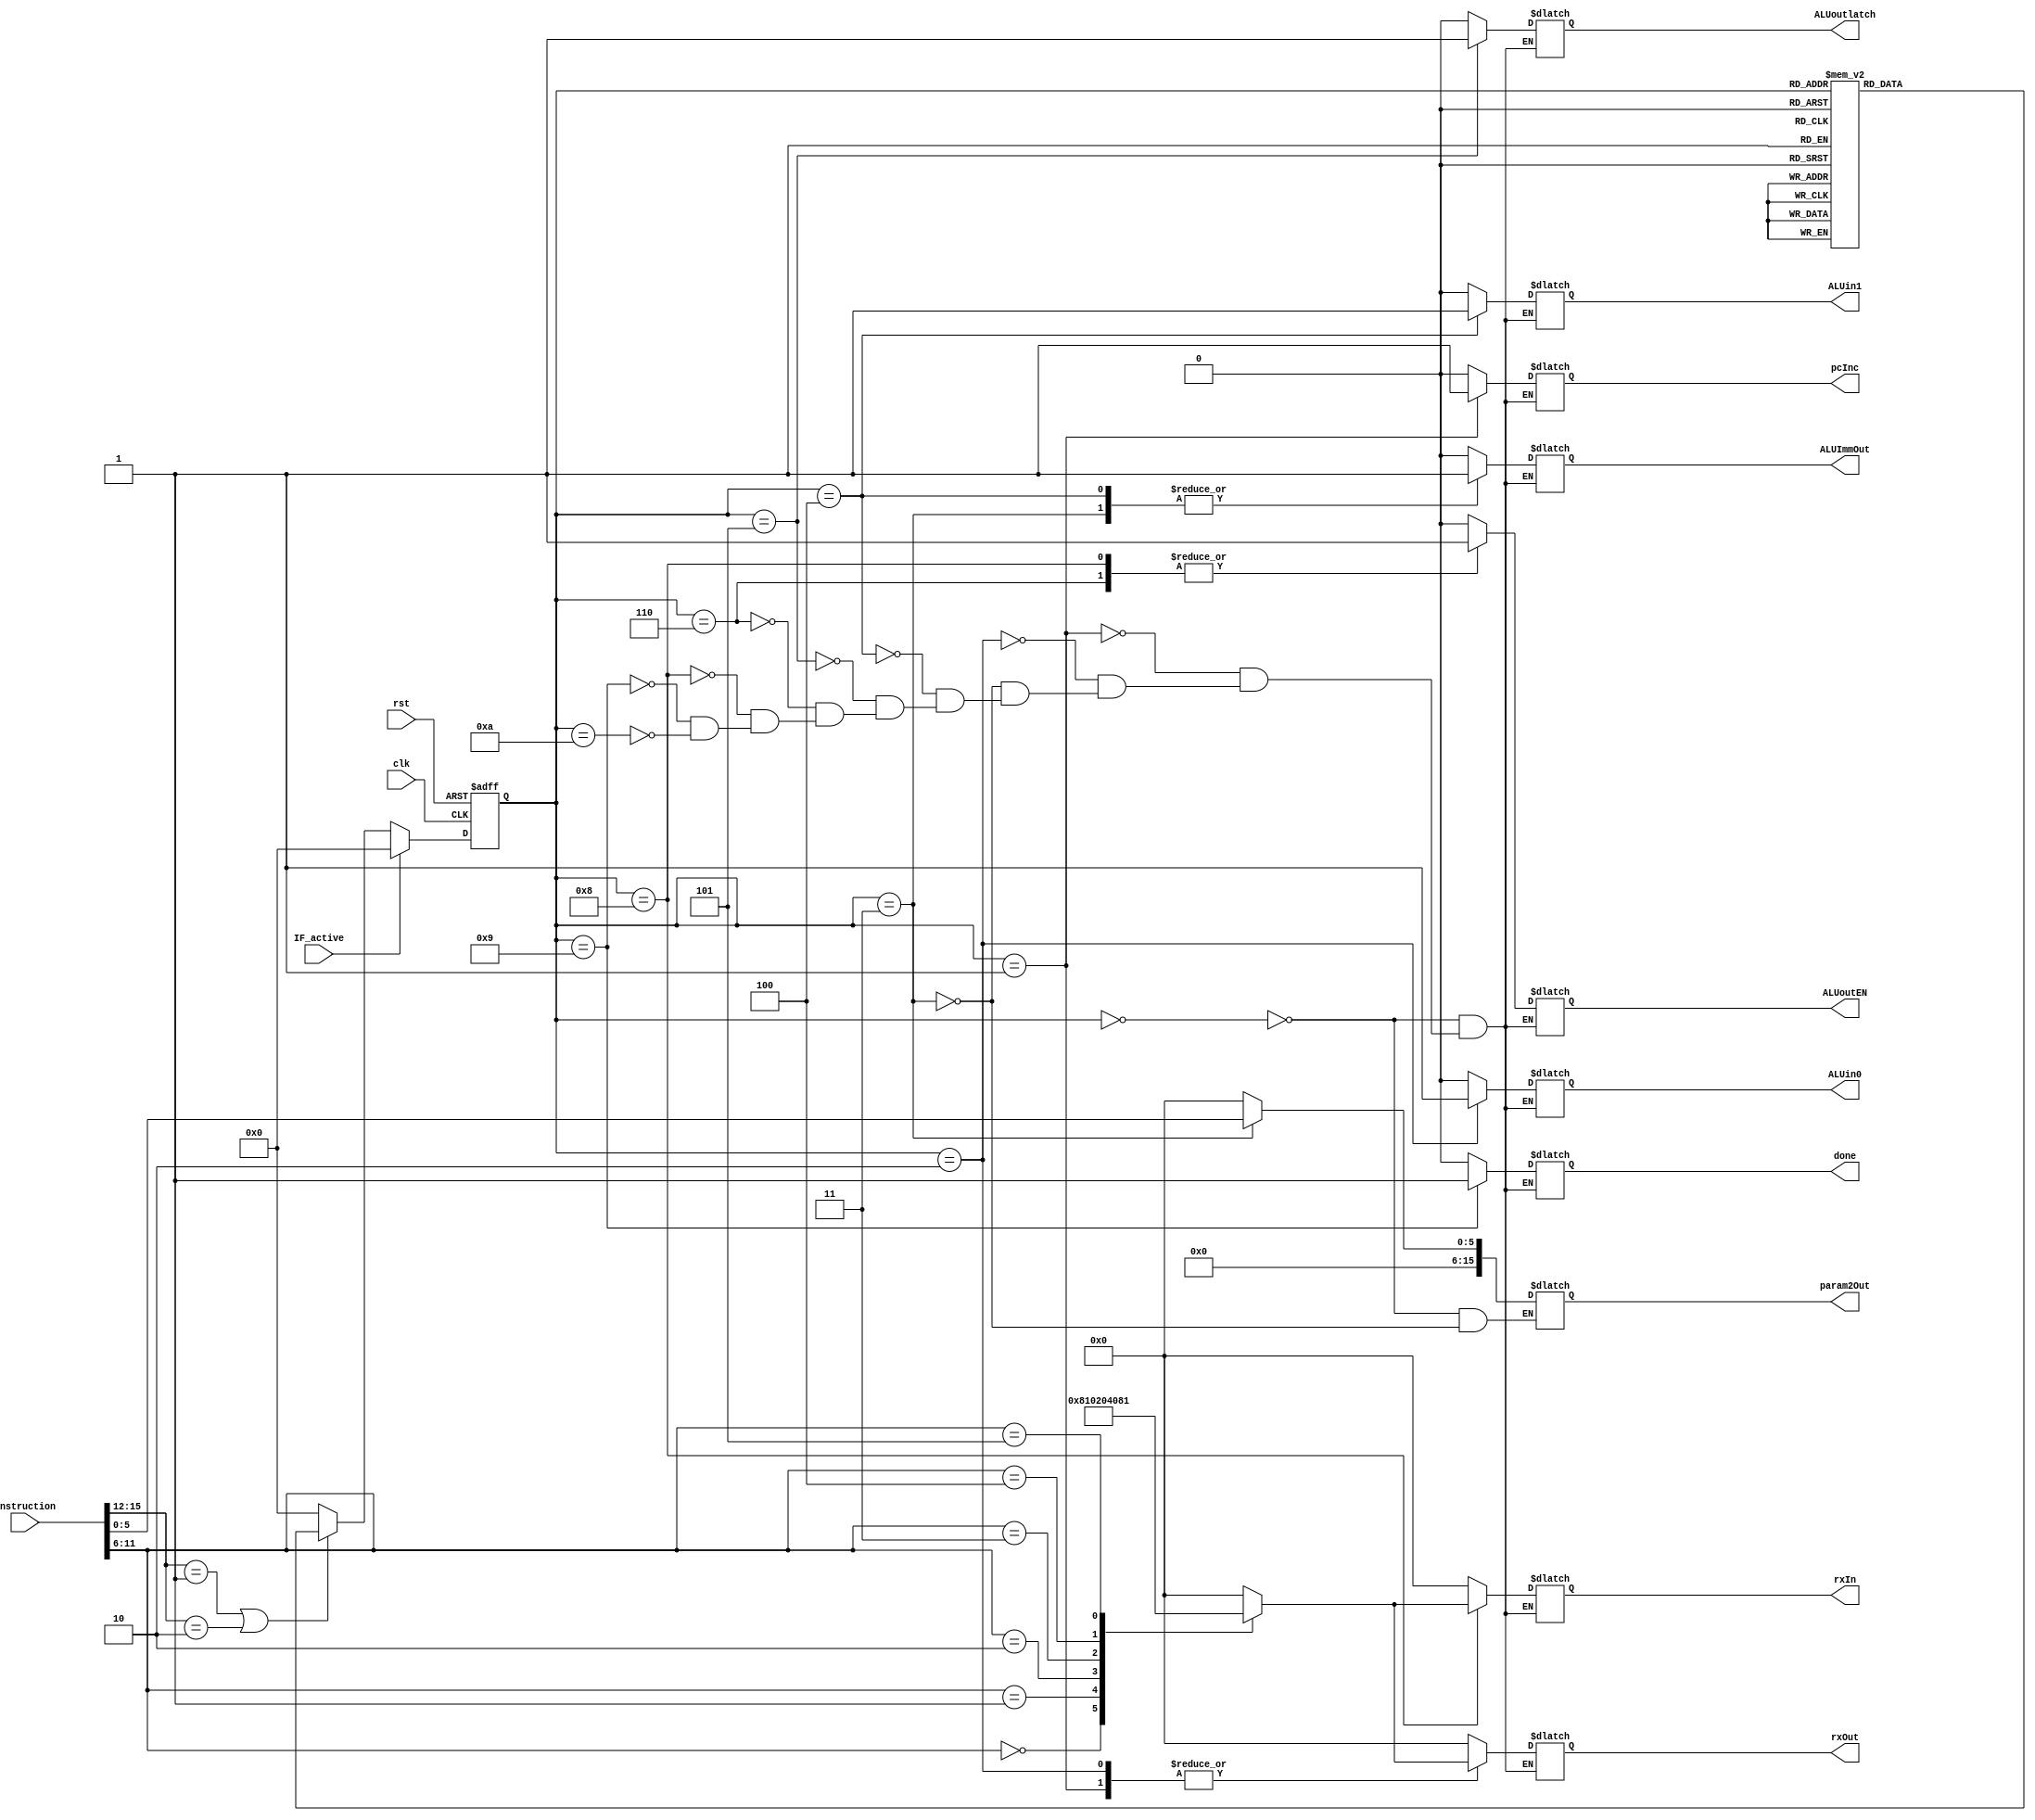
module ALUiFSM(clk, rst, instruction, done, rxOut, ALUin0, ALUin1, ALUoutlatch, ALUoutEN, rxIn, pcInc, param2Out, ALUImmOut, IF_active);
input clk, rst, IF_active;
input[15:0] instruction; // 16-bit data
wire[3:0] opcode = instruction[15:12];
wire[5:0] param1 = instruction[11:6];
wire[5:0] param2 = instruction[5:0];
output reg[15:0] param2Out; // Output signal for an immediate number. Fed to a tri-state
output reg done, ALUin0, ALUin1, ALUoutlatch, ALUoutEN, pcInc, ALUImmOut; // Output signals
output reg[5:0] rxOut, rxIn; // Gen reg output signals

// States
reg[3:0] pres_state, next_state;
parameter st0 = 4'b0000, st1 = 4'b0001, st2 = 4'b0010, st3 = 4'b0011, st4 = 4'b0100, st5 = 4'b0101, st6 = 4'b0110, st7 = 4'b0111;
parameter st8 = 4'b1000, st9 = 4'b1001, st10 = 4'b1010;

// State register
always @(posedge clk or posedge rst) begin
    if(rst)
        pres_state <= st0;
    else if(IF_active)
        pres_state <= st0;
    else if(opcode == 4'b0001 || opcode == 4'b0010)
        pres_state <= next_state;
    else
        pres_state <= st0;
end

// Next state logic
always @(pres_state) begin
    case(pres_state)
        st0: next_state <= st1;
        st1: next_state <= st2;
        st2: next_state <= st3;
        st3: next_state <= st4;
        st4: next_state <= st5;
        st5: next_state <= st6;
        st6: next_state <= st7;
        st7: next_state <= st8;
        st8: next_state <= st9;
        st9: next_state <= st10;
        st10: next_state <= st10;
        default: next_state <= st0;
    endcase
end

// Output definition
always @(pres_state) begin
    case(pres_state)
        st0: begin
            done <= 0;rxOut <= 6'b000000;ALUin0 <= 0;ALUin1 <= 0;ALUoutlatch <= 0;ALUoutEN <= 0;rxIn <= 6'b000000;pcInc <= 0;ALUImmOut <= 0;
            param2Out <= 16'b0000000000000000;
        end
        st1: begin
            done <= 0;ALUin0 <= 0;ALUin1 <= 0;ALUoutlatch <= 0;ALUoutEN <= 0;rxIn <= 6'b000000;pcInc <= 1;ALUImmOut <= 0;
            case(param1) // Figure out which gen reg EN to assert
                6'b000000: rxOut <= 6'b100000;
                6'b000001: rxOut <= 6'b010000;
                6'b000010: rxOut <= 6'b001000;
                6'b000011: rxOut <= 6'b000100;
                6'b000100: rxOut <= 6'b000010;
                6'b000101: rxOut <= 6'b000001;
                default: rxOut <= 6'b000000;
            endcase
        end
        st2: begin
            done <= 0;ALUin0 <= 1;ALUin1 <= 0;ALUoutlatch <= 0;ALUoutEN <= 0;rxIn <= 6'b000000;pcInc <= 0;ALUImmOut <= 0;
            case(param1) // Figure out which gen reg EN to assert
                6'b000000: rxOut <= 6'b100000;
                6'b000001: rxOut <= 6'b010000;
                6'b000010: rxOut <= 6'b001000;
                6'b000011: rxOut <= 6'b000100;
                6'b000100: rxOut <= 6'b000010;
                6'b000101: rxOut <= 6'b000001;
                default: rxOut <= 6'b000000;
            endcase
        end
        st3: begin
            done <= 0;rxOut <= 6'b000000;ALUin0 <= 0;ALUin1 <= 0;ALUoutlatch <= 0;ALUoutEN <= 0;rxIn <= 6'b000000;pcInc <= 0;ALUImmOut <= 1;
            param2Out <= {10'b0000000000, param2}; // Pass the immediate num to the tri-state
        end
        st4: begin
            done <= 0;rxOut <= 6'b000000;ALUin0 <= 0;ALUin1 <= 1;ALUoutlatch <= 0;ALUoutEN <= 0;rxIn <= 6'b000000;pcInc <= 0;ALUImmOut <= 1;
        end
        st5: begin
            done <= 0;rxOut <= 6'b000000;ALUin0 <= 0;ALUin1 <= 0;ALUoutlatch <= 1;ALUoutEN <= 0;rxIn <= 6'b000000;pcInc <= 0;ALUImmOut <= 0;
        end
        st6: begin
            done <= 0;rxOut <= 6'b000000;ALUin0 <= 0;ALUin1 <= 0;ALUoutlatch <= 0;ALUoutEN <= 1;rxIn <= 6'b000000;pcInc <= 0;ALUImmOut <= 0;
        end
        st8: begin
            done <= 0;rxOut <= 6'b000000;ALUin0 <= 0;ALUin1 <= 0;ALUoutlatch <= 0;ALUoutEN <= 1;pcInc <= 0;ALUImmOut <= 0;
            case(param1) // Figure out which gen reg EN to assert
                6'b000000: rxIn <= 6'b100000;
                6'b000001: rxIn <= 6'b010000;
                6'b000010: rxIn <= 6'b001000;
                6'b000011: rxIn <= 6'b000100;
                6'b000100: rxIn <= 6'b000010;
                6'b000101: rxIn <= 6'b000001;
                default: rxIn <= 6'b000000;
            endcase
        end
        st9: begin
            done <= 1;rxOut <= 6'b000000;ALUin0 <= 0;ALUin1 <= 0;ALUoutlatch <= 0;ALUoutEN <= 0;rxIn <= 6'b000000;pcInc <= 0;ALUImmOut <= 0;
        end
        st10: begin
            done <= 0;rxOut <= 6'b000000;ALUin0 <= 0;ALUin1 <= 0;ALUoutlatch <= 0;ALUoutEN <= 0;rxIn <= 6'b000000;pcInc <= 0;ALUImmOut <= 0;
        end
    endcase
end

endmodule